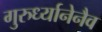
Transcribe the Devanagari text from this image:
गुरुर्ध्यानेनैव